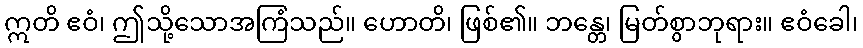
ဣတိ ဧဝံ၊ ဤသို့သောအကြံသည်။ ဟောတိ၊ ဖြစ်၏။ ဘန္တေ၊ မြတ်စွာဘုရား။ ဧဝံခေါ၊